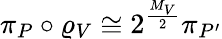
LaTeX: \pi_{P}\circ\varrho_{V}\cong 2^{\frac{M_{V}}{2}}\pi_{P^{\prime}}